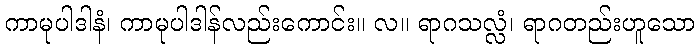
ကာမုပါဒါနံ၊ ကာမုပါဒါန်လည်းကောင်း။ လ။ ရာဂသလ္လံ၊ ရာဂတည်းဟူသော